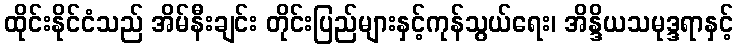
ထိုင်းနိုင်ငံသည် အိမ်နီးချင်း တိုင်းပြည်များနှင့်ကုန်သွယ်ရေး၊ အိန္ဒိယသမုဒ္ဒရာနှင့်